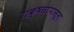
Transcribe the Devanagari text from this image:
राक्षसांपासून